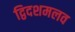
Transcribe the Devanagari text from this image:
द्विदशमलव